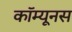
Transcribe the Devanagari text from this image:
कॉम्यूनस